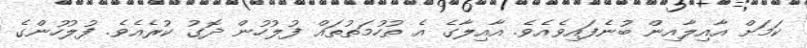
ކަމަށް އާއިލާއިން ބުނެފައިވެއެވެ. އާއިލާގެ އެ ތުހުމަތުތައް ފުލުހުން ދޮގު ކުރެއެވެ. ފުލުހުންގެ